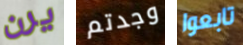
يرن وجدتم تابعوا